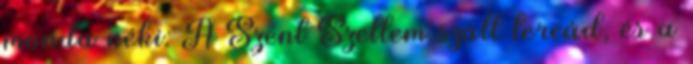
monda néki: A Szent Szellem száll tereád, és a